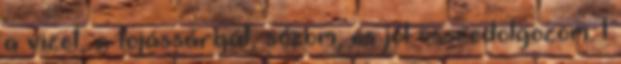
a vizet, a tojássárgát, sózom, és jól összedolgozom. 1